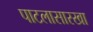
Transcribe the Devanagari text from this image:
पाटलासारखा